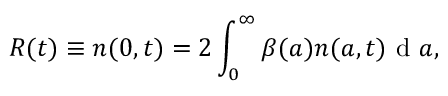
R ( t ) \equiv n ( 0 , t ) = 2 \int _ { 0 } ^ { \infty } { \beta ( a ) } n ( a , t ) \mathrm { ~ d ~ } a ,